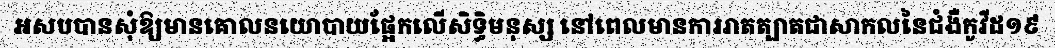
អសបបានសុំឱ្យមានគោលនយោបាយផ្អែកលើសិទ្ធិមនុស្ស នៅពេលមានការរាតត្បាតជាសាកលនៃជំងឺកូវីដ១៩